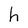
Character: h